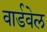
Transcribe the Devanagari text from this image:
वार्डवेल